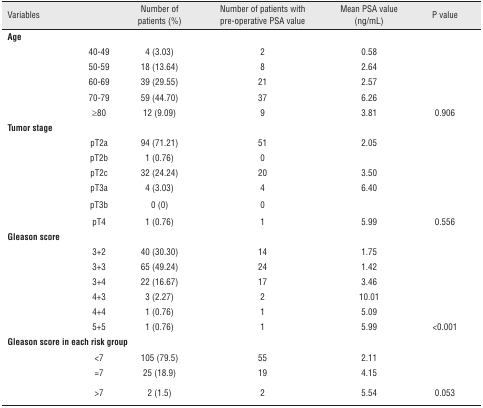
<table><thead><tr><td><b>Variables</b></td><td></td><td><b>Number of patients (%)</b></td><td><b>Number of patients with pre-operative PSA value</b></td><td><b>Mean PSA value (ng/mL)</b></td><td><b>P value</b></td></tr></thead><tbody><tr><td colspan="6"><b>Age</b></td></tr><tr><td rowspan="5"></td><td>40-49</td><td>4 (3.03)</td><td>2</td><td>0.58</td><td></td></tr><tr><td>50-59</td><td>18 (13.64)</td><td>8</td><td>2.64</td><td></td></tr><tr><td>60-69</td><td>39 (29.55)</td><td>21</td><td>2.57</td><td></td></tr><tr><td>70-79</td><td>59 (44.70)</td><td>37</td><td>6.26</td><td></td></tr><tr><td>≥80</td><td>12 (9.09)</td><td>9</td><td>3.81</td><td>0.906</td></tr><tr><td colspan="6"><b>Tumor stage</b></td></tr><tr><td rowspan="6"></td><td>pT2a</td><td>94 (71.21)</td><td>51</td><td>2.05</td><td></td></tr><tr><td>pT2b</td><td>1 (0.76)</td><td>0</td><td></td><td></td></tr><tr><td>pT2c</td><td>32 (24.24)</td><td>20</td><td>3.50</td><td></td></tr><tr><td>pT3a</td><td>4 (3.03)</td><td>4</td><td>6.40</td><td></td></tr><tr><td>pT3b</td><td>0 (0)</td><td>0</td><td></td><td></td></tr><tr><td>pT4</td><td>1 (0.76)</td><td>1</td><td>5.99</td><td>0.556</td></tr><tr><td colspan="6"><b>Gleason score</b></td></tr><tr><td rowspan="6"></td><td>3+2</td><td>40 (30.30)</td><td>14</td><td>1.75</td><td></td></tr><tr><td>3+3</td><td>65 (49.24)</td><td>24</td><td>1.42</td><td></td></tr><tr><td>3+4</td><td>22 (16.67)</td><td>17</td><td>3.46</td><td></td></tr><tr><td>4+3</td><td>3 (2.27)</td><td>2</td><td>10.01</td><td></td></tr><tr><td>4+4</td><td>1 (0.76)</td><td>1</td><td>5.09</td><td></td></tr><tr><td>5+5</td><td>1 (0.76)</td><td>1</td><td>5.99</td><td>&lt;0.001</td></tr><tr><td colspan="6"><b>Gleason score in each risk group</b></td></tr><tr><td rowspan="3"></td><td>&lt;7</td><td>105 (79.5)</td><td>55</td><td>2.11</td><td></td></tr><tr><td>=7</td><td>25 (18.9)</td><td>19</td><td>4.15</td><td></td></tr><tr><td>&gt;7</td><td>2 (1.5)</td><td>2</td><td>5.54</td><td>0.053</td></tr></tbody></table>